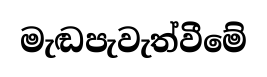
මැඬපැවැත්වීමේ